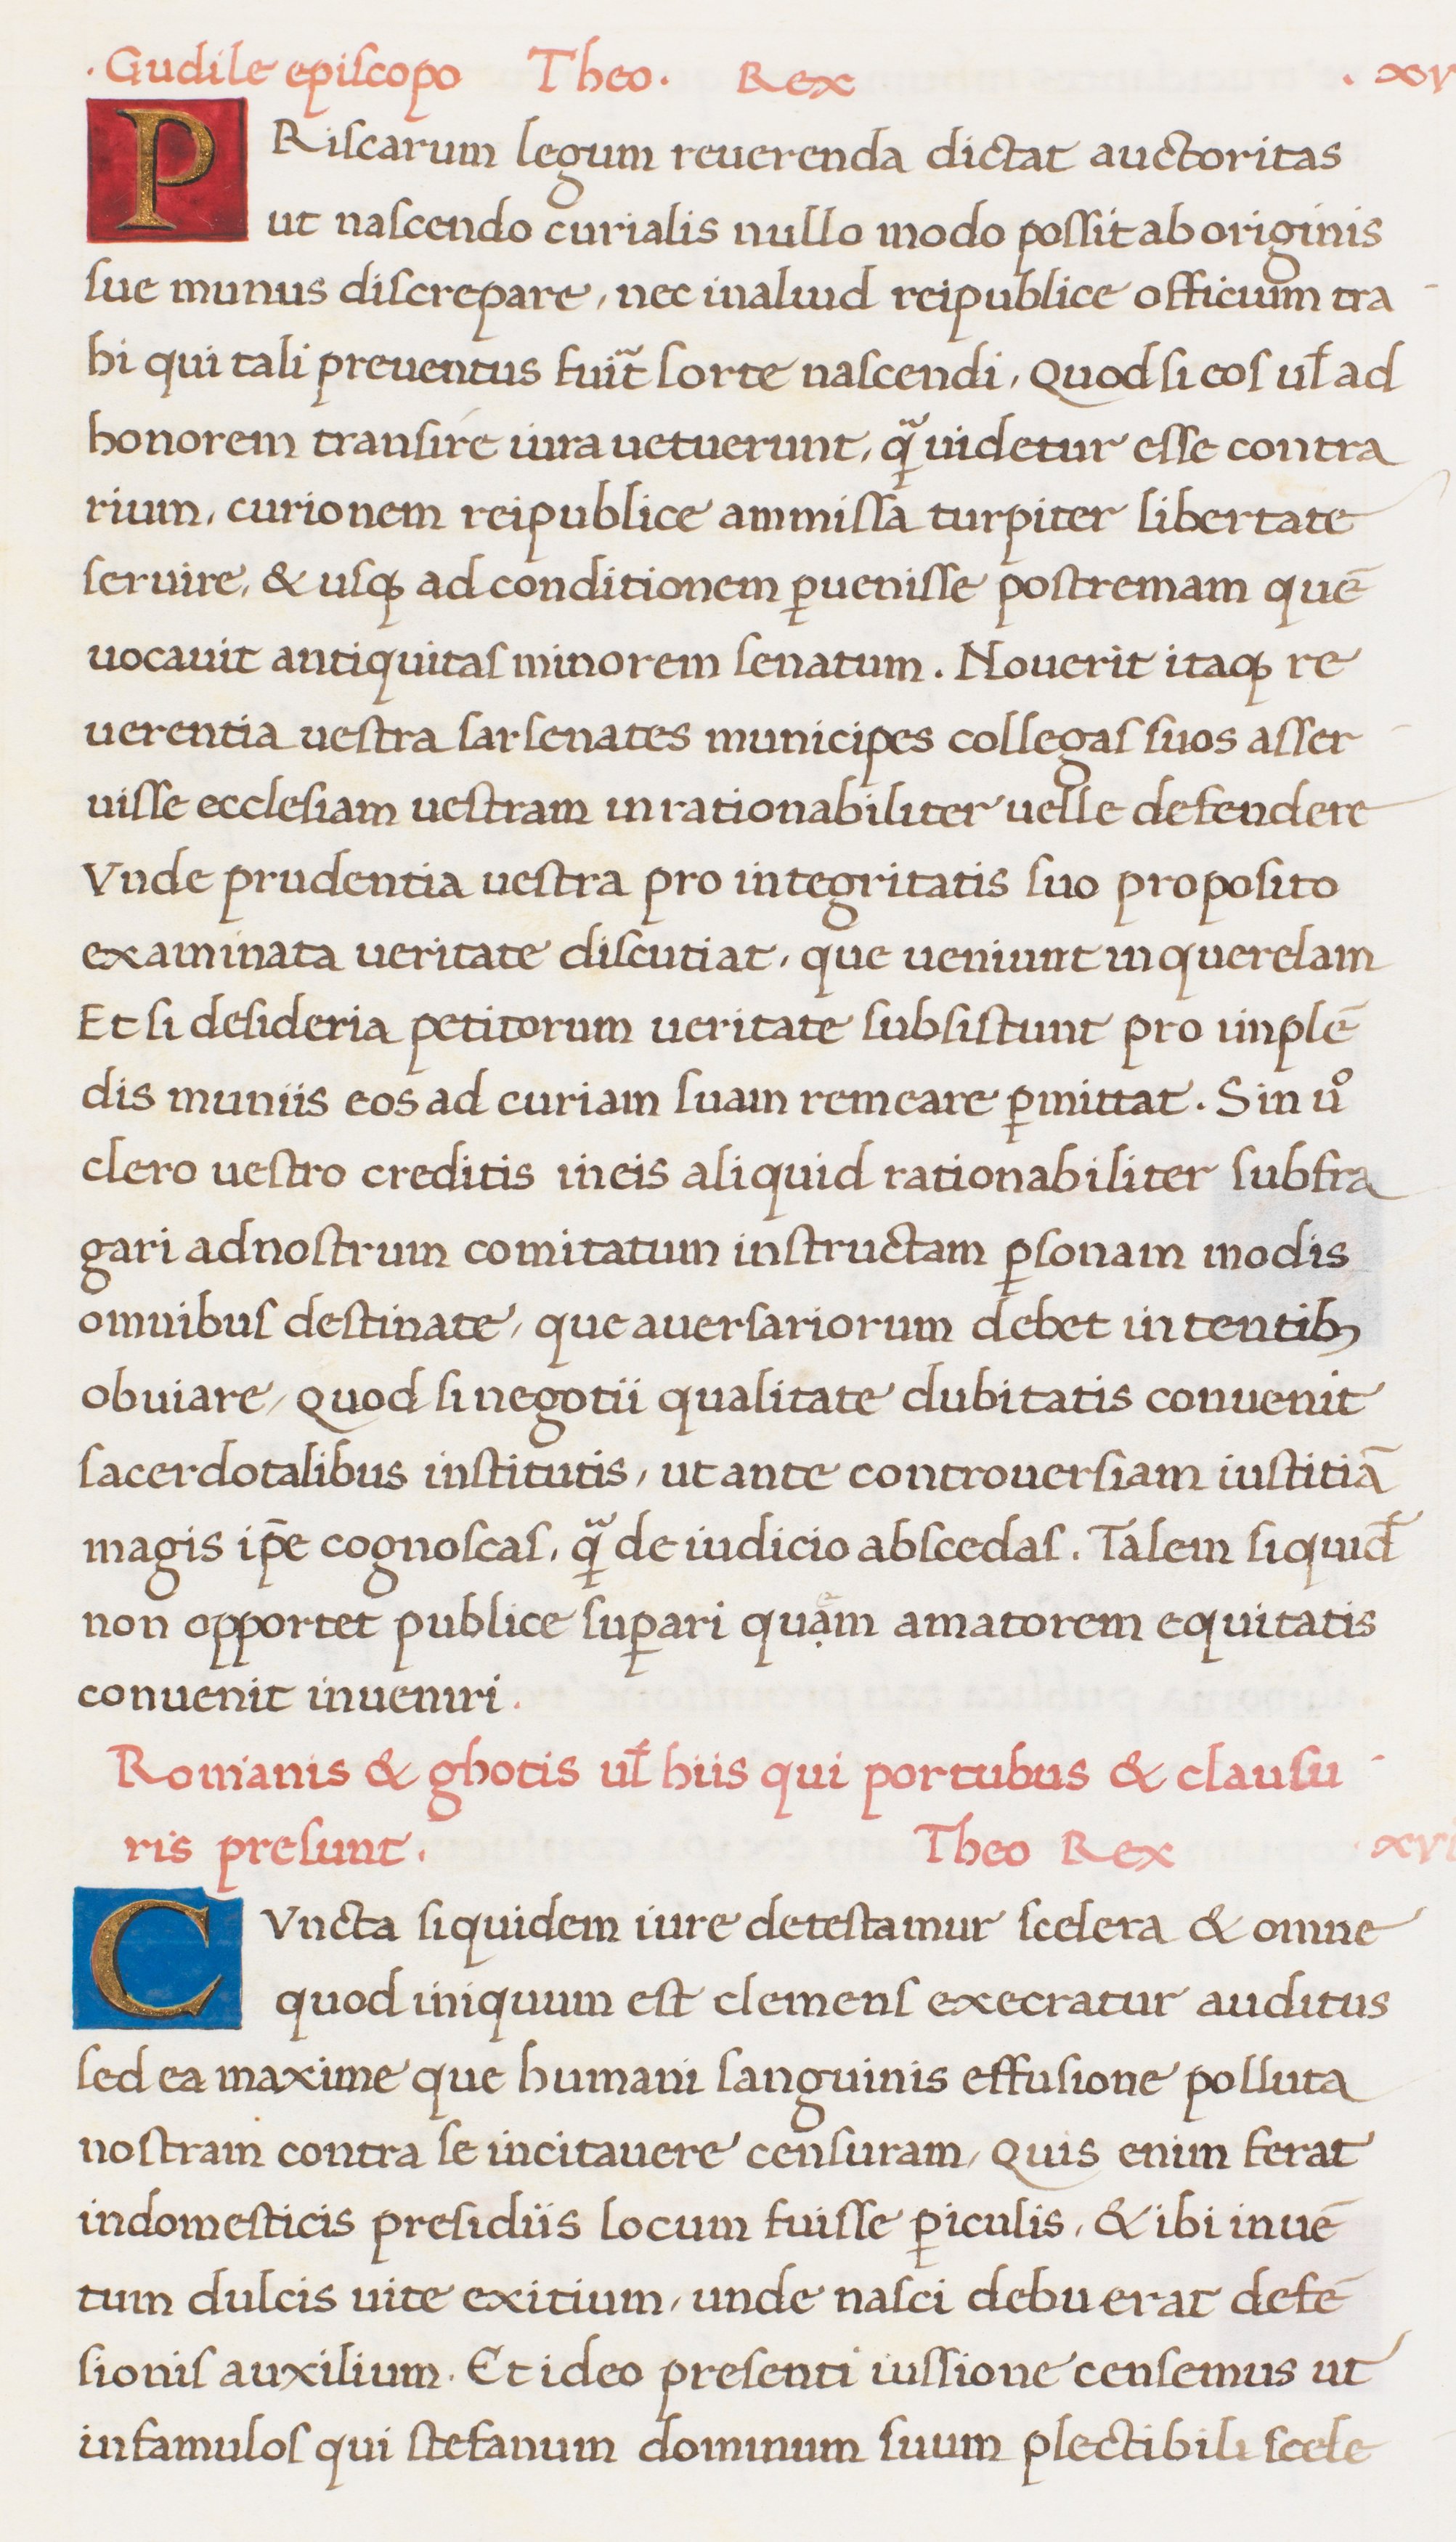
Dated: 1513–1521